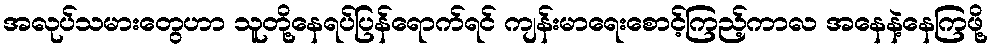
အလုပ်သမားတွေဟာ သူတို့နေရပ်ပြန်ရောက်ရင် ကျန်းမာရေးစောင့်ကြည့်ကာလ အနေနဲ့နေကြဖို့